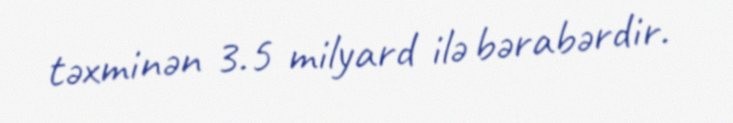
təxminən 3.5 milyard ilə bərabərdir.